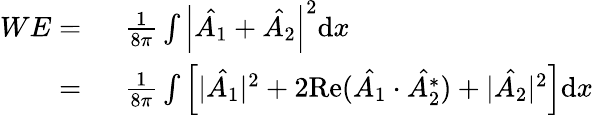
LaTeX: \begin{array}{rl}{WE=\ }&{{}\frac{1}{8\pi}\int\left|\hat{A_{1}}+\hat{A_{2}}\right|^{2}\mathrm{d}x}\\ {=\ }&{{}\frac{1}{8\pi}\int\left[|\hat{A_{1}}|^{2}+2\mathrm{Re}(\hat{A_{1}}\cdot\hat{A_{2}^{*}})+|\hat{A_{2}}|^{2}\right]\mathrm{d}x}\end{array}